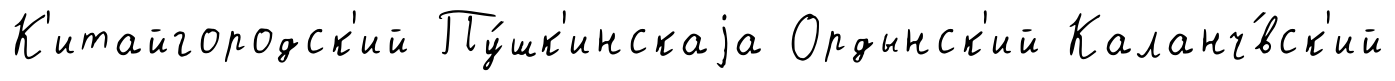
К'итайгородск'ий Пу́шк'инскаjа Ордынск'ий Каланч́вск'ий